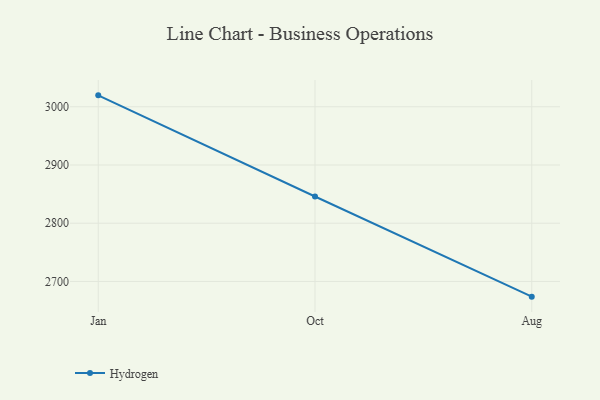
{"axis": {"x": "Month", "y": "Operating Costs (USD K)"}, "legend": ["Hydrogen"], "data": [{"x": "Jan", "y": 3019.6, "type": "Hydrogen"}, {"x": "Oct", "y": 2845.9, "type": "Hydrogen"}, {"x": "Aug", "y": 2673.9, "type": "Hydrogen"}]}